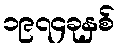
၁၉၇၄ခုနှစ်